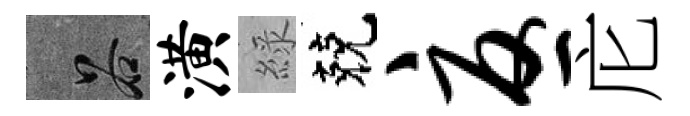
谷潢綠兢忧庀